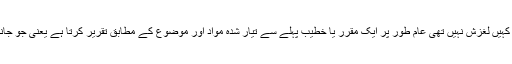
امام کی گفتگو اور کردار میں کہیں لغزش نہیں تھی عام طور پر ایک مقرر یا خطیب پہلے سے تیار شدہ مواد اور موضوع کے مطابق تقریر کرتا ہے یعنی جو جانتا ہے منبر سے وہی کہتا ہے۔